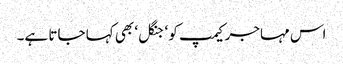
اس مہاجر کیمپ کو ‘جنگل‘ بھی کہا جاتا ہے۔